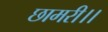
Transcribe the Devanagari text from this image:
छामरी।।